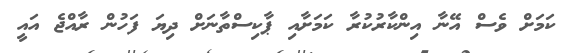
ކަމަށް ވެސް އޭނާ އިންކާރުކުރާ ކަމަށާއި ޕާކިސްތާނަށް ދިޔަ ފަހުން ރާއްޖެ އައީ